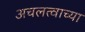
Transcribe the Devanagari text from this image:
अचलत्वाच्या